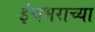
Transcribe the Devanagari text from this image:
इंचभराच्या